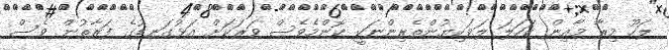
ލަހޫ މިރާ މާއިން ކަހަލަ ލަވަކިޔުންތެރިންނަކީ ކޮންމެވެސް ވަރަކަށް އަޅުގަނޑުގެ ފަރާތުން ވެސް